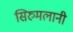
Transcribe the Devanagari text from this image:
सिरुमलानी